Sanitation, dispensaries and jails vaccination Rajputana 1922-1927 - 1922-1927
Year: 1922
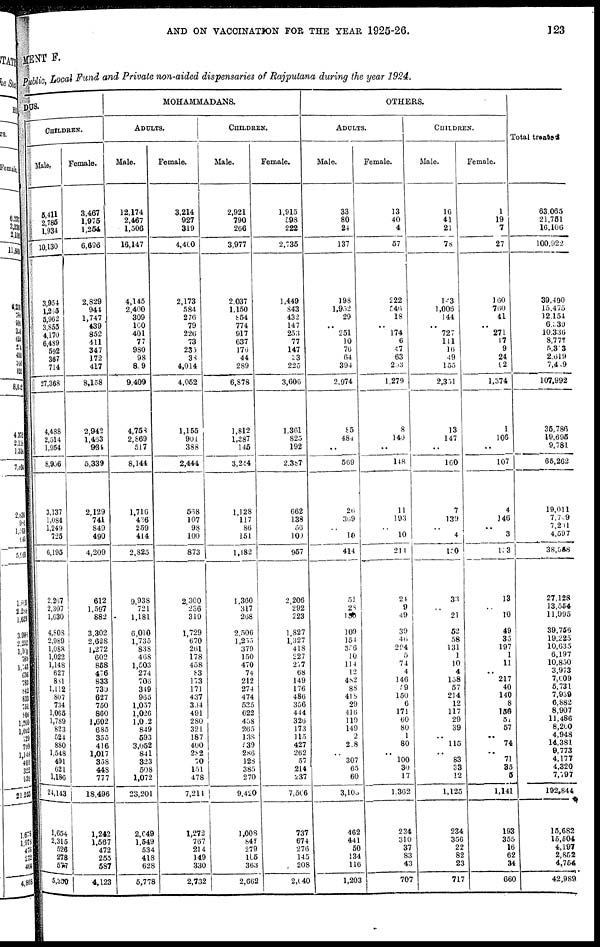
AND ON VACCINATION FOR THE YEAR 1925-26.
123
MENT F.
Public, Local Fund and Private non-aided dispensaries of Rajputana during the year 1924.
DUS.
CHILDREN.
Male.
5,411
2,786
1,934
10,130
3,954
1,265
5,962
3,853
4,170
6,489
592
367
714
27,368
4,488
2,514
1,954
8,956
3,137
1,084
1,249
725
6,195
2,267
2,307
1,630
4,808
2,989
1,088
1,022
1,148
627
881
1,112
807
734
1,065
1,789
823
524
880
1,548
491
621
1,186
24,143
1,654
2,315
526
278
577
5,350
Female.
3,467
1,975
1,254
6,696
2,829
944
1,747
439
852
411
347
172
417
8,158
2,942
1,463
934
5,339
2,129
741
849
490
4,209
612
1,597
882
3,302
2,628
1,272
602
858
476
833
730
627
750
860
1,602
685
355
416
1,017
358
448
777
18,496
1,242
1,567
472
255
587
4,123
MOHAMMADANS.
ADULTS.
Male.
12,174
2,467
1,506
16,147
4,145
2,400
309
100
401
77
980
98
809
9,409
4,753
2,869
517
8,144
1,716
436
259
414
2,825
9,938
721
1,181
6,010
1,735
838
408
1,503
274
706
349
965
1,037
1,026
1,002
849
593
3,052
841
323
508
1,072
23,201
2,649
1,549
534
418
628
5,778
Female.
3,214
927
319
4,400
2,173
584
276
79
226
73
235
38
4,014
4,052
1,155
901
388
2,444
538
107
98
100
873
2,300
236
319
1,729
670
261
178
458
83
173
171
437
394
491
280
321
187
400
282
70
151
478
7,214
1,272
767
214
149
330
2,732
CHILDREN.
Male.
2,921
790
266
3,977
2,037
1,150
854
774
917
637
176
44
289
6,878
1,812
1,287
145
3,244
1,128
117
86
151
1,182
1,360
317
268
2,506
1,255
379
150
470
74
212
274
474
535
622
458
205
138
539
286
128
385
270
9,420
1,008
847
279
165
363
2,662
Female.
1,915
598
222
2,735
1,449
843
432
147
253
77
147
33
225
3,606
1,301
825
192
2,387
662
138
50
100
957
2,206
292
223
1,827
1,327
418
227
277
68
149
176
486
356
444
326
173
115
427
262
57
214
237
7,566
737
674
276
145
208
2,040
OTHERS.
ADULTS.
Male.
33
80
24
137
198
1,952
29
..
251
10
70
64
394
2,974
85
484
..
569
26
369
..
10
414
51
28
150
109
154
356
10
114
12
482
88
418
29
416
119
149
2
208
..
307
65
60
3,108
462
441
50
134
116
1,203
Female.
13
40
4
57
222
546
18
.. 174
6
47
63
203
1,279
8
140
..
148
11
193
..
10
214
24
9
49
39
46
294
5
74
4
146
59
150
6
171
60
80
1
80
..
100
30
17
1,362
234
310
37
83
43
707
CHILDREN.
Male.
16
41
21
78
143
1,006
144
..
727
111
16
49
155
2,351
13
147
..
160
7
139
..
4
150
33
..
21
52
58
131
1
10
4
158
57
214
12
117
29
39
.. 115
..
83
33
12
1,125
234
356
22
82
23
717
Female.
1
19
7
27
160
760
41
..
271
17
9
24
92
1,374
1
106
..
107
4
146
.. 3
153
13
..
10
49
35
197
1
11
..
217
40
140
8
156
51
57
.. 74
..
71
35
5
1,141
193
355
16
62
34
660
Total treated
63,065
21,751
16,106
100,922
39,490
15,475
12,154
6,339
10,336
8,777
5,303
2,619
7,409
107,992
35,786
19,695
9,781
65,262
19,011
7,709
7,201
4,597
38,558
27,128
13,554
11,995
39,756
19,225
10,635
6,197
10,850
3,973
7,609
5,731
7,939
6,882
8,907
11,486
8,200
4,948
14,381
9,773
4,177
4,320
7,797
192,844
15,682
15,504
4,197
2,852
4,754
42,989